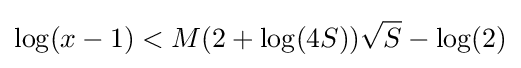
\log(x-1)<M(2+\log(4S)){\sqrt {S}}-\log(2)